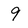
Character: 9